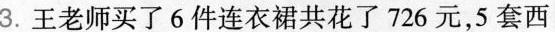
3.王老师买了6件连衣裙共花了726元，5套西